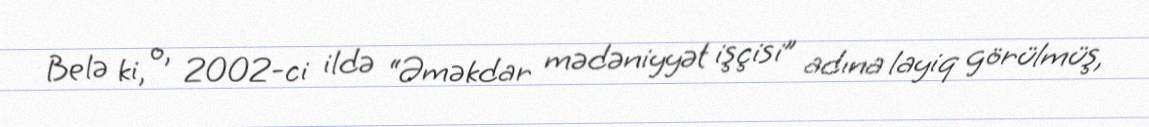
Belə ki, o, 2002-ci ildə “Əməkdar mədəniyyət işçisi” adına layiq görülmüş,